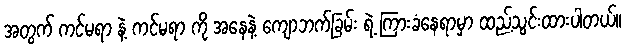
အတွက် ကင်မရာ နဲ့ ကင်မရာ ကို အနေနဲ့ ကျောဘက်ခြမ်း ရဲ့ ကြားခံနေရာမှာ ထည့်သွင်းထားပါတယ်။